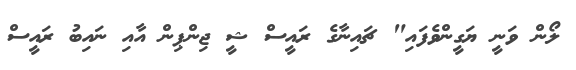
ލޯން ވަނީ ޔަގީންވެފައި" ޗައިނާގެ ރައީސް ޝީ ޖިންޕިން އާއި ނައިބު ރައީސް